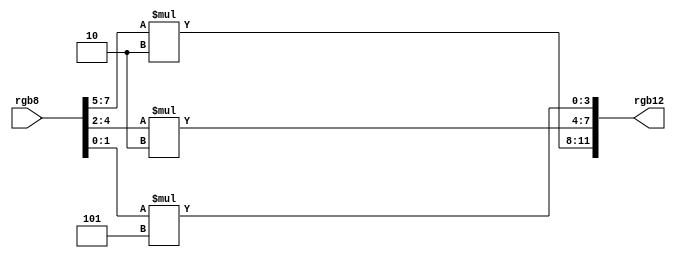
module rgb8_to_rgb12(rgb8,rgb12);
input [7:0] rgb8; //3r,3g,2b
output [11:0] rgb12;

assign rgb12[11:8] = rgb8[7:5]*(15/7);
assign rgb12[7:4] = rgb8[4:2]*(15/7);
assign rgb12[3:0] = rgb8[1:0]*(15/3);
endmodule